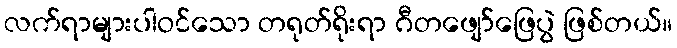
လက်ရာများပါဝင်သော တရုတ်ရိုးရာ ဂီတဖျော်ဖြေပွဲ ဖြစ်တယ်။